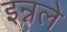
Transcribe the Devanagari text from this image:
इन्नले